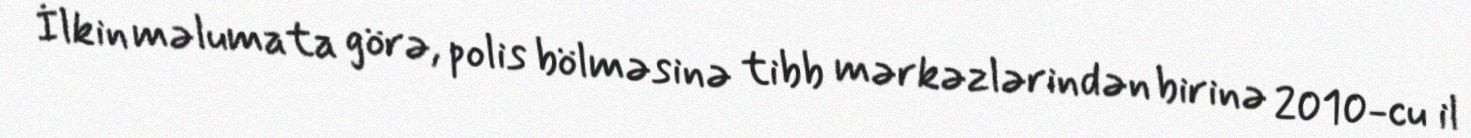
İlkin məlumata görə, polis bölməsinə tibb mərkəzlərindən birinə 2010-cu il